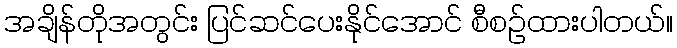
အချိန်တိုအတွင်း ပြင်ဆင်ပေးနိုင်အောင် စီစဉ်ထားပါတယ်။